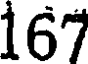
167